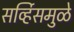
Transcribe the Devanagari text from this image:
सर्व्हिसमुळे